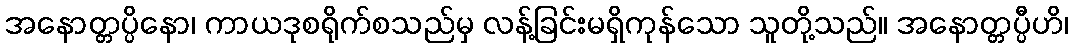
အနောတ္တပ္ပိနော၊ ကာယဒုစရိုက်စသည်မှ လန့်ခြင်းမရှိကုန်သော သူတို့သည်။ အနောတ္တပ္ပီဟိ၊